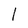
Character: 1